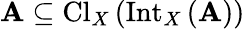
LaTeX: \mathbf{A}\subseteq\operatorname{Cl}_{X}\left(\operatorname{Int}_{X}\left(\mathbf{A}\right)\right)